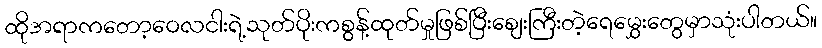
ထိုအရာကတော့ဝေလငါးရဲ့သုတ်ပိုးကစွန့်ထုတ်မှုဖြစ်ပြီးဈေးကြီးတဲ့ရေမွှေးတွေမှာသုံးပါတယ်။